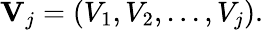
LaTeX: \mathbf{V}_{j}=\left(V_{1},V_{2},...,V_{j}\right).